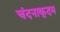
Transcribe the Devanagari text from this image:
चंदनाकूदम